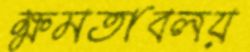
ক্ষমতাবলয়